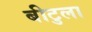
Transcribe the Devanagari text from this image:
बीटुला